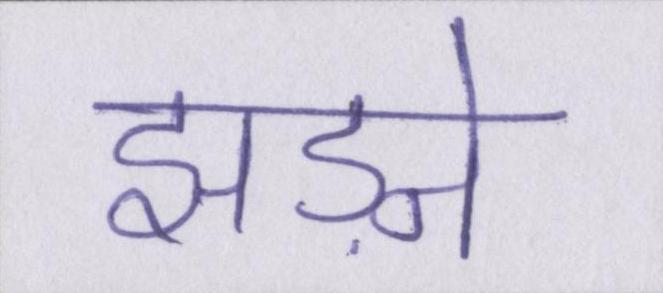
झड़ने